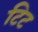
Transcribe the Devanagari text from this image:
टिट